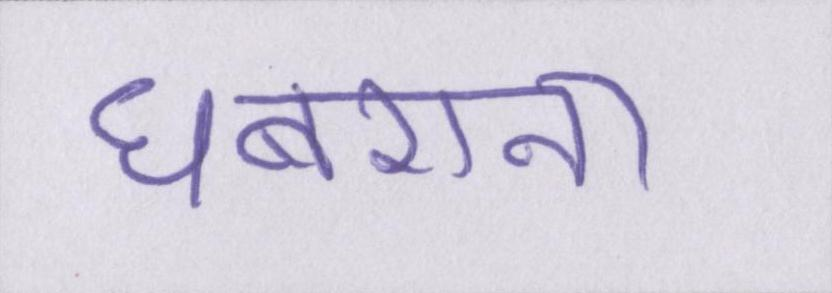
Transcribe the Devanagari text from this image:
घबराना